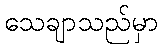
သေချာသည်မှာ